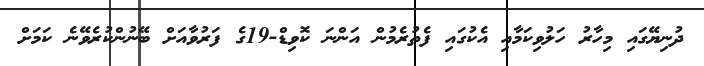
ދުނިޔޭގައި މިހާރު ހަލުވިކަމާއި އެކުގައި ފެތުރެމުން އަންނަ ކޮވިޑް-19ގެ ފަރުވާއަށް ބޭނުންކުރެވޭނެ ކަމަށް